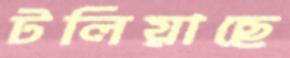
টলিয়াছে